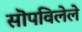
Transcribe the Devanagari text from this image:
सॊपविलेले